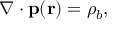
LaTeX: \nabla \cdot \mathbf { p } ( \mathbf { r } ) = \rho _ { b } ,